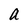
Character: a